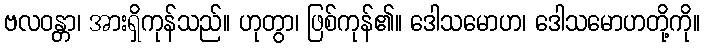
ဗလဝန္တာ၊ အားရှိကုန်သည်။ ဟုတွာ၊ ဖြစ်ကုန်၏။ ဒေါသမောဟ၊ ဒေါသမောဟတို့ကို။